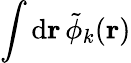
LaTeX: \int\mathrm{d}\mathbf{r}\, \tilde{\phi}_{k}(\mathbf{r})